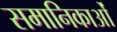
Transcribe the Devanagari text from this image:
समानिकाओं